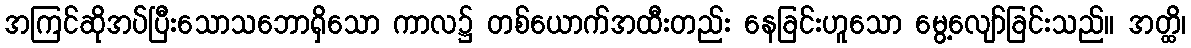
အကြင်ဆိုအပ်ပြီးသောသဘောရှိသော ကာလ၌ တစ်ယောက်အထီးတည်း နေခြင်းဟူသော မွေ့လျော်ခြင်းသည်။ အတ္ထိ၊